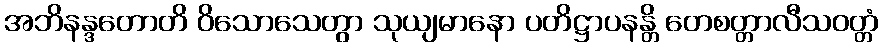
အဘိနန္ဒတောတိ ဝိသောသေတွာ သုယျမာနော ပတိဋ္ဌာပနန္တိ တေစတ္တာလီသဝတ္တံ